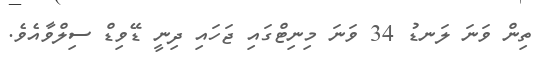
ތިން ވަނަ ލަނޑު 34 ވަނަ މިނިޓްގައި ޖަހައި ދިނީ ޑޭވިޑް ސިލްވާއެވެ.